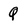
Character: Q